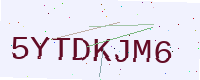
Text: 5YTDKJM6